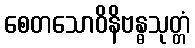
စေတသောဝိနိဗန္ဓသုတ္တံ